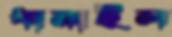
ধামাইল